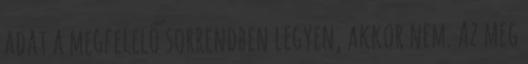
adat a megfelelő sorrendben legyen, akkor nem. Az meg